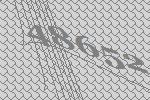
48652